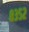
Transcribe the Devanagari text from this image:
८३५२